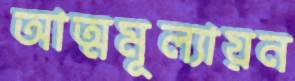
আত্মমূল্যায়ন